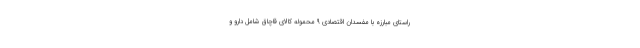
راستای مبارزه با مفسدان اقتصادی ۹ محموله کالای قاچاق شامل دارو و